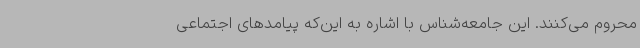
محروم می‌کنند. این جامعه‌شناس با اشاره به این‌که پیامدهای اجتماعی